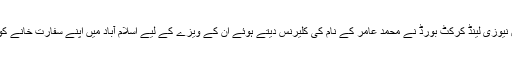
ذرائع کے مطابق نیوزی لینڈ کرکٹ بورڈ نے محمد عامر کے نام کی کلیرنس دیتے ہوئے ان کے ویزے کے لیے اسلام آباد میں اپنے سفارت خانے کو خط لکھ دیا ہے۔